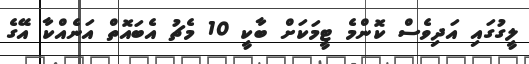
ލީގުގައި އަދިވެސް ކޮންމެ ޓީމަކަށް ބާކީ 10 މެޗު އެބައޮތް އަނެއްކާ އޭގެ